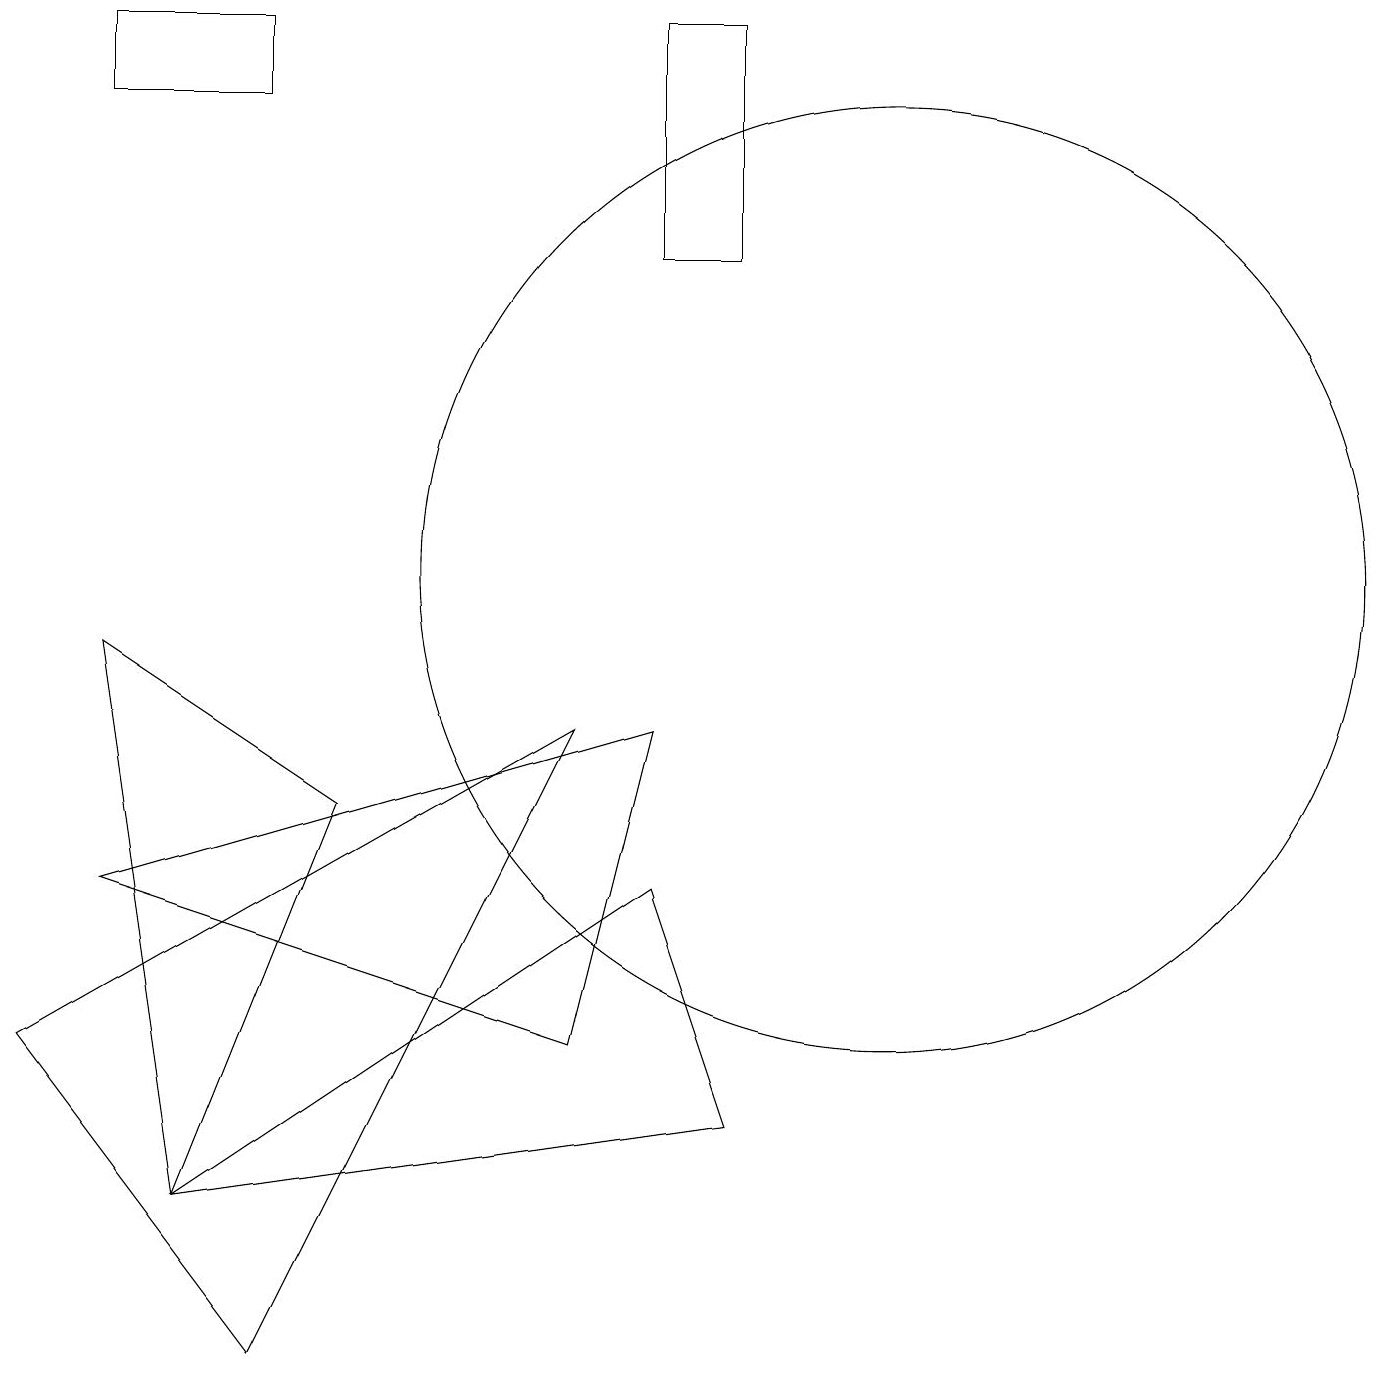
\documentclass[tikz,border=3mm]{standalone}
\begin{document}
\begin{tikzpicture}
\draw (8,17) rectangle (9,14);
\draw (1,16) rectangle (3,17);
\draw (8,6) -- (2,2) -- (9,3) -- cycle;
\draw (0,4) -- (7,8) -- (3,0) -- cycle;
\draw (2,2) -- (1,9) -- (4,7) -- cycle;
\draw (11,10) circle (6);
\draw (7,4) -- (1,6) -- (8,8) -- cycle;
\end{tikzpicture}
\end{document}